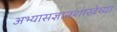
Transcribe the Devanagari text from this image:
अभ्यासज्ञानशाखेच्या